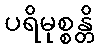
ပရိမုစ္စန္တိ